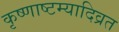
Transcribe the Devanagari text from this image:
कृष्णाष्टम्यादिव्रत